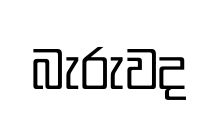
බැරුවද